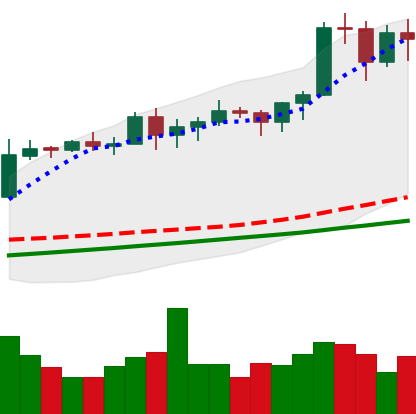
Ticker: BTC-USD
Chart end date: 2020-11-09
Forward return: 4.799%
Label: up_3_5